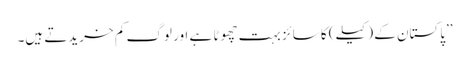
’’پاکستان کے (کیلے) کا سائز بہت چھوٹا ہے اور لوگ کم خریدتے ہیں۔